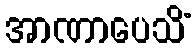
အာဏာပေသိံ